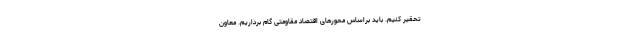
تحقیر کنیم. باید براساس محورهای اقتصاد مقاومتی گام برداریم. معاون